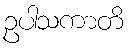
ဥပါသကာတိ